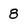
Character: 8